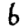
Digit: 6